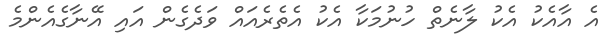
އެ އާއެކު އެެކު ލާނެތް ހުނުމަކާ އެކު އެތެރެއައް ވަދެގެން އައި އޭނާގެއެންމެ